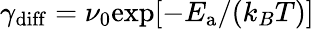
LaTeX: \gamma_{\mathrm{diff}}=\nu_{0}\mathrm{exp}[-E_{\mathrm{a}}/(k_{B}T)]